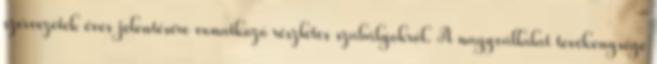
szervezetek éves jelentésére vonatkozó részletes szabályokról. A nagyvállalat tevékenysége